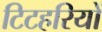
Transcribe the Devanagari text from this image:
टिटहरियों